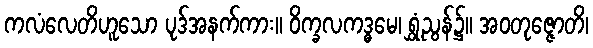
ကလံလေတိဟူသော ပုဒ်အနက်ကား။ ဝိက္ခလကဒ္ဓမေ၊ ရွှံ့ညွန်၌။ အဝတုဇ္ဇောတိ၊